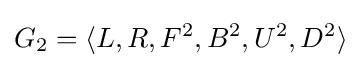
G_{2}=\langle L,R,F^{2},B^{2},U^{2},D^{2}\rangle